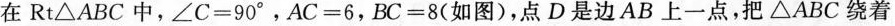
在Rt△ABC中，$$∠ C = 9 0 °$$，$$A C = 6$$，$$B C = 8$$(如图)，点D是边AB上一点，把△ABC绕着